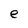
Character: e